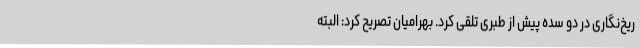
ریخ‌نگاری در دو سده پیش از طبری تلقی کرد. بهرامیان تصریح کرد: البته